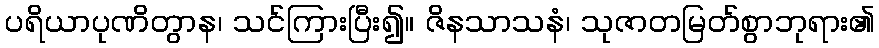
ပရိယာပုဏိတွာန၊ သင်ကြားပြီး၍။ ဇိနသာသနံ၊ သုဇာတမြတ်စွာဘုရား၏